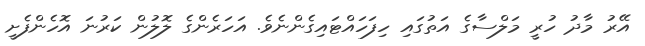
އޭރު މާދު ހުރީ މަލްސާގެ އަތުގައި ހިފަހައްޓައިގެންނެވެ. އަހަރެންގެ ލޮލުން ކަރުނަ އޮހެންފެށީ